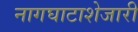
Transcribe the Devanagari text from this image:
नागघाटाशेजारी